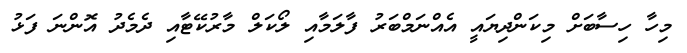
މިހާ ހިސާބަށް މިކަންދިޔައީ އެއްނަމްބަރު ފާލަމާއި ލޯކަލް މާރުކޭޓާއި ދެމެދު އޮންނަ ފަޅު